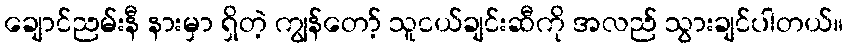
ချောင်ညမ်းနီ နားမှာ ရှိတဲ့ ကျွန်တော့် သူငယ်ချင်းဆီကို အလည် သွားချင်ပါတယ်။